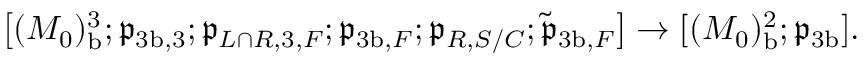
\bigl [ ( M _ { 0 } ) _ { \mathrm { b } } ^ { 3 } ; \mathfrak { p } _ { { 3 \mathrm { b } } , 3 } ; \mathfrak { p } _ { L \cap R , 3 , F } ; \mathfrak { p } _ { { 3 \mathrm { b } } , F } ; \mathfrak { p } _ { R , S / C } ; \tilde { \mathfrak { p } } _ { { 3 \mathrm { b } } , F } \bigr ] \to [ ( M _ { 0 } ) _ { \mathrm { b } } ^ { 2 } ; \mathfrak { p } _ { 3 \mathrm { b } } ] .